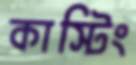
কাস্টিং